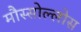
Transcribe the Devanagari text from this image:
मौस्सोल्लोस